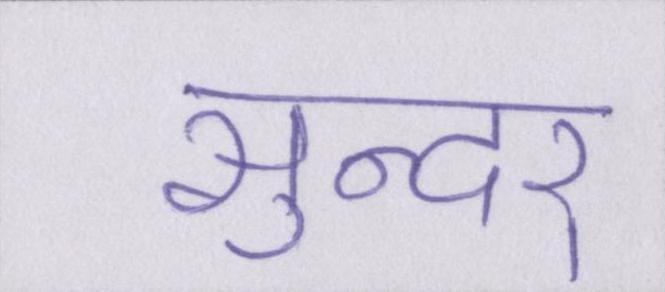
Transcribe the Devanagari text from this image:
सुन्दर्